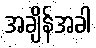
အချိန်အခါ